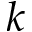
k